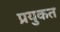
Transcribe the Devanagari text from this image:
प्रयुकत